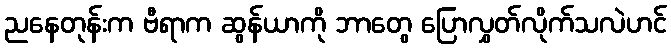
ညနေတုန်းက ဗီရာက ဆွန်ယာကို ဘာတွေ ပြောလွှတ်လိုက်သလဲဟင်